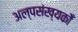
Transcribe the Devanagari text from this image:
अल्पसंख्यकोँ